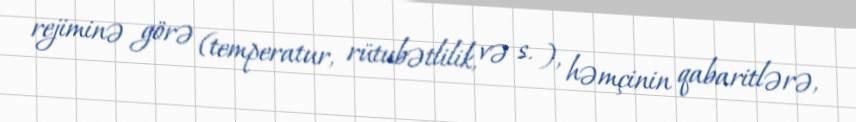
rejiminə görə (temperatur, rütubətlilik, və s. ), həmçinin qabaritlərə,